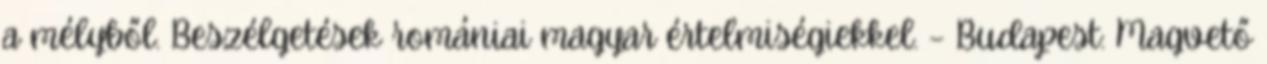
a mélyből. Beszélgetések romániai magyar értelmiségiekkel. – Budapest: Magvető